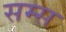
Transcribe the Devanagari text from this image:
सम्स